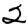
Digit: 2